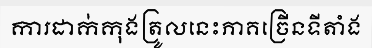
ការដាក់កុងត្រូលនេះភាគច្រើនទីតាំង